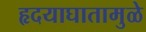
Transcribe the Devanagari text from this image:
हृदयाघातामुळे